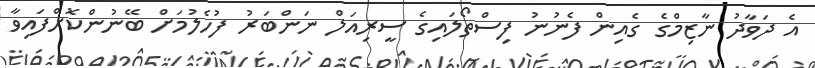
އެ ދަވާދު ނާޒިމްގެ ގެއިން ފެނުނު ފިސްތޯލައިގެ ސީރިއަލް ނަންބަރު ފުހެލުމަށް ބޭނުންކޮށްފައިވާ